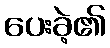
ပေးခဲ့၏